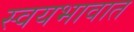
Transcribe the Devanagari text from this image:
स्वयभावात